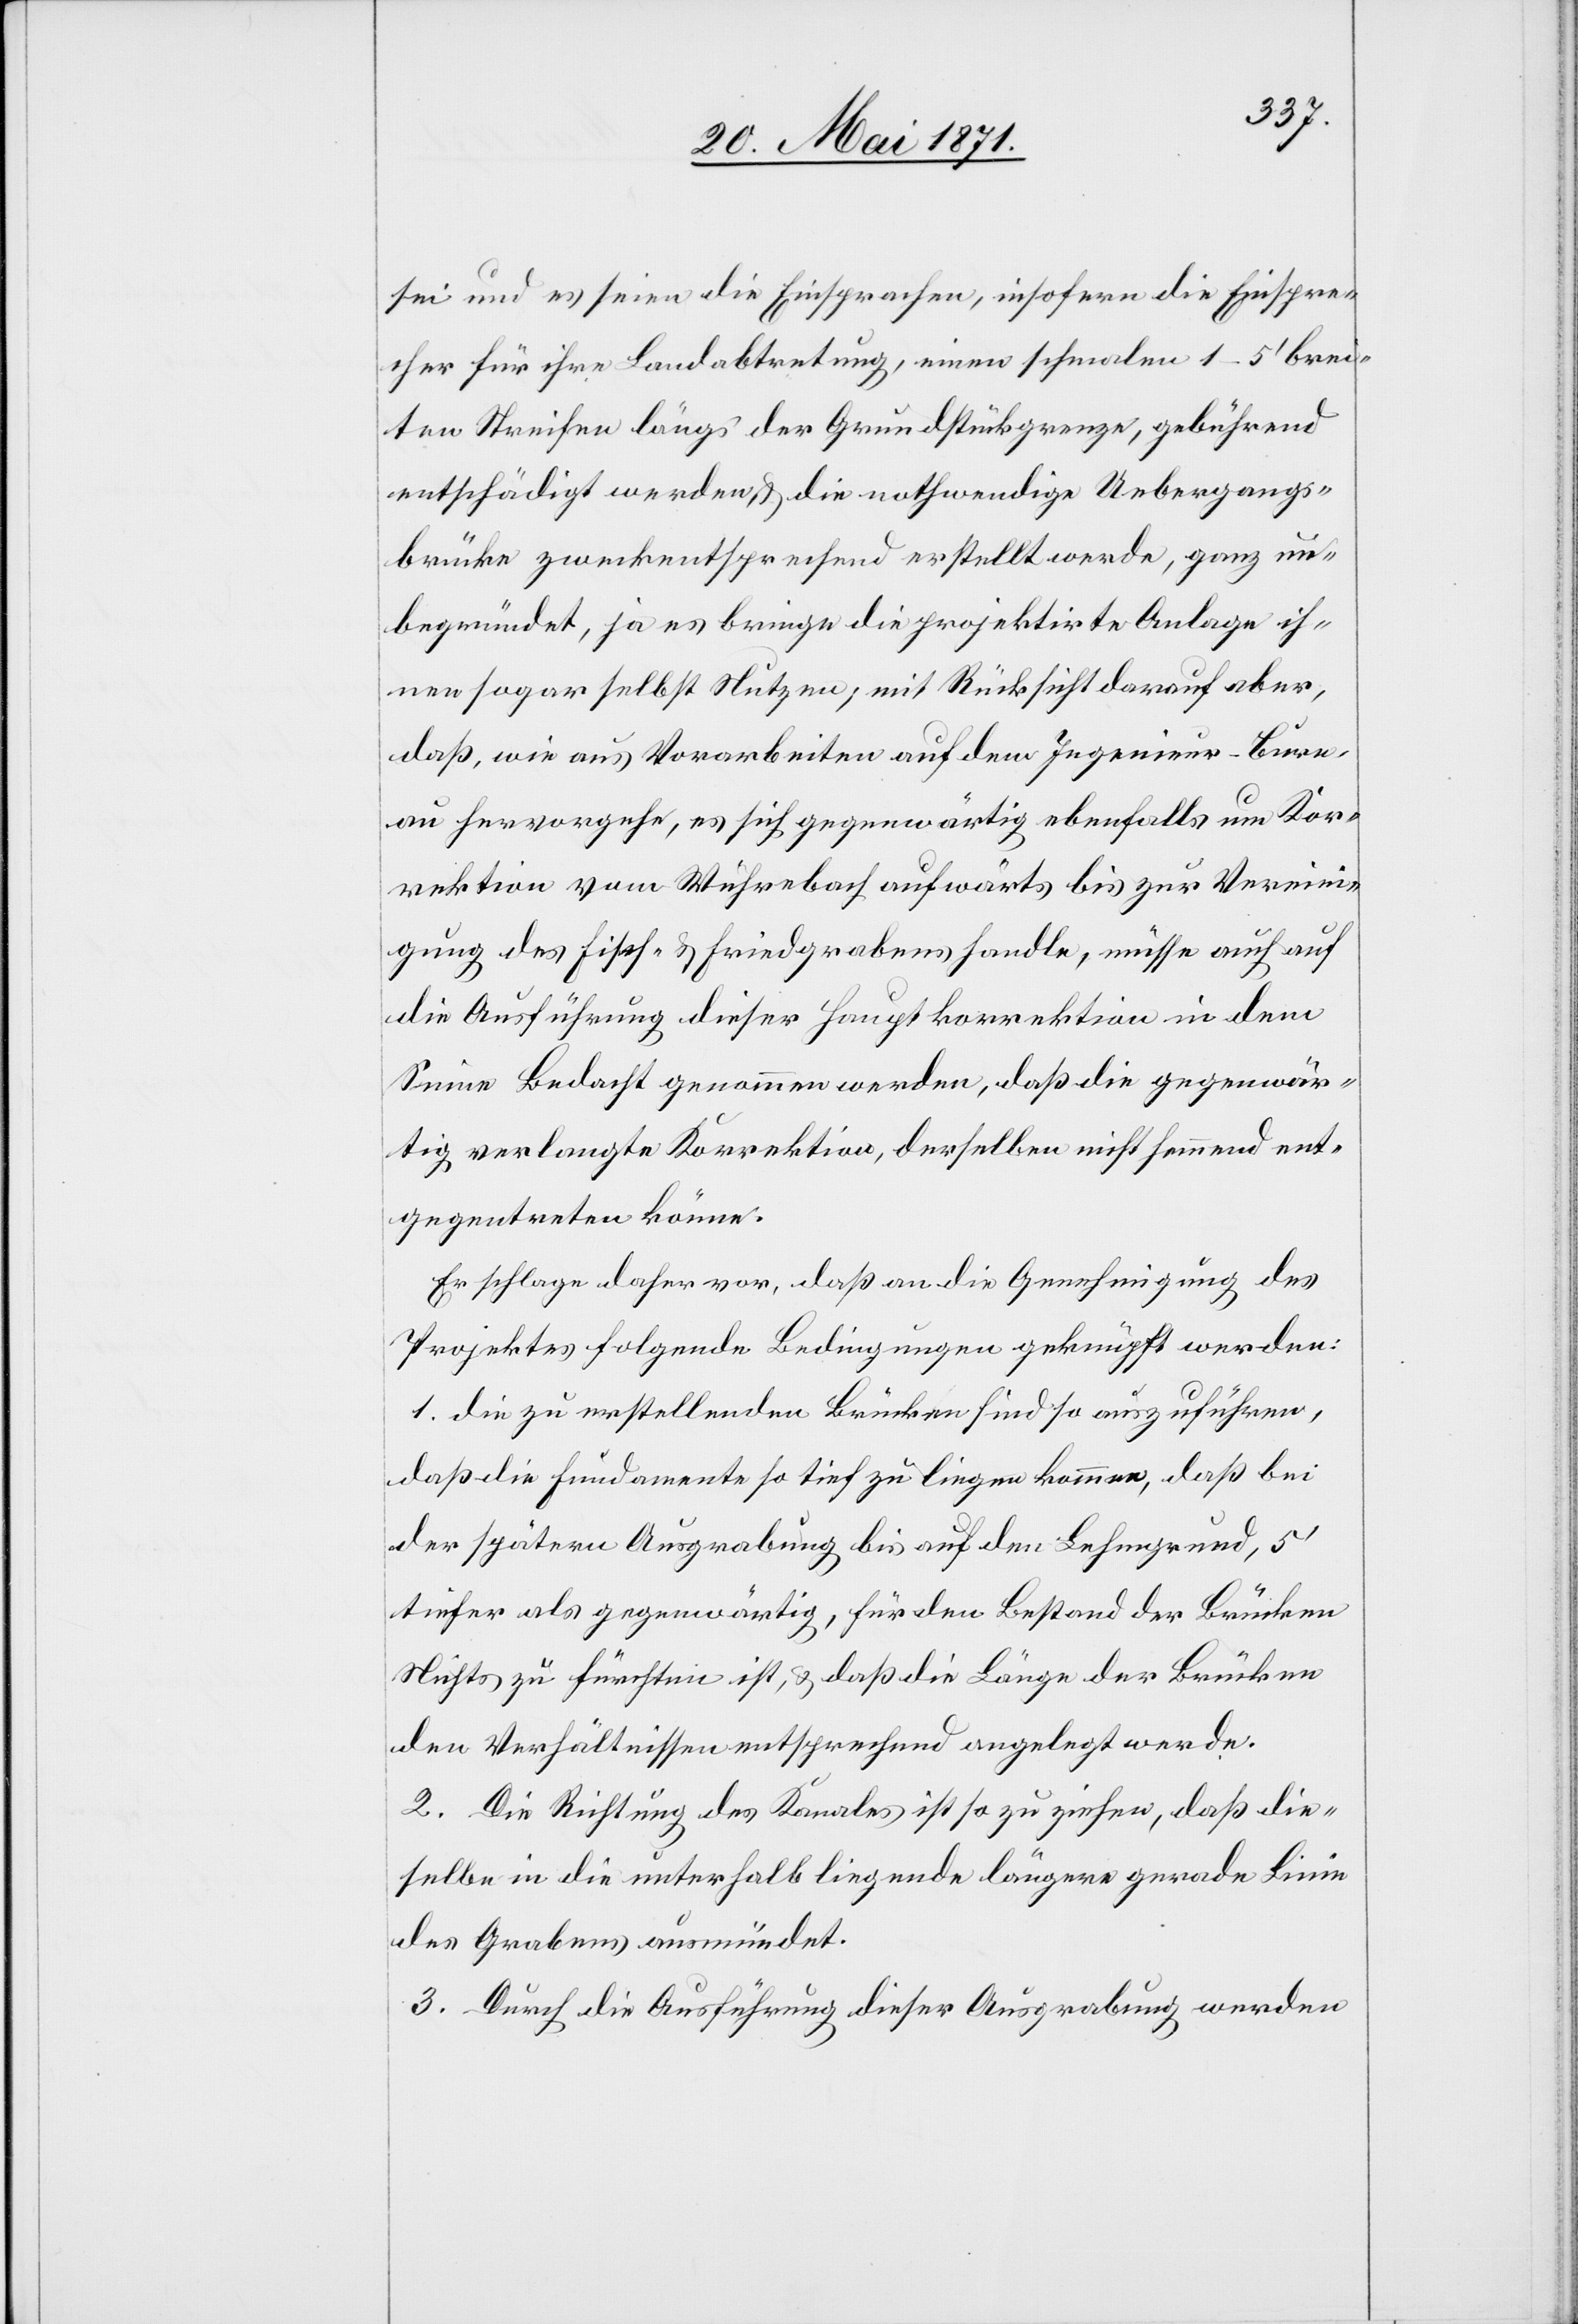
sei und es seien die Einsprachen, insofern die Einspra¬
chen für ihre Landabtretung, einen schmalen 1–5‘ brei¬
ten Streifen längs der Grundstückgrenze, gebührend
entschädigt werden u. die nothwendige Uebergangs¬
brücke zweckentsprechend erstellt werde, ganz un¬
begründet, ja es bringe die projektirte Anlage ih¬
nen sogar selbst Nutzen, mit Rücksicht darauf aber,
daß wie aus Vorarbeiten auf dem Ingenieur-Bure¬
au hervorgehe, es sich gegenwärtig ebenfalls um Kor¬
rektion vom Wuhrebach aufwärts bis zur Vereini¬
gung des Fisch- u. Friedgrabens handle, müsse auch auf
die Ausführung dieser Hauptkorrektion in dem
Sinne Bedacht genommen werden, daß die gegenwär¬
tig verlangte Korrektion, derselben nicht hemmend ent¬
gegentreten könne.
Er schlage daher vor, daß an die Genehmigung des
Projektes folgende Bedingungen geknüpft werden:
1. die zu erstellenden Brücken sind so auszuführen,
daß die Fundamente so tief zu liegen kommen, daß bei
der spätern Ausgrabung bis auf den Lehmgrund, 5‘
tiefer als gegenwärtig, für den Bestand der Brücken
Nicht zu fürchten ist, u. daß die Länge der Brücken
den Verhältnissen entsprechend angelegt werde.
2. Die Richtung des Kanals ist so zu ziehen, daß die¬
selbe in die unterhalb liegende längere gerade Linie
des Grabens ausmündet.
3. Durch die Ausführung dieser Ausgrabung werden